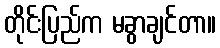
တိုင်းပြည်က မခွာချင်တာ။